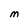
Character: M